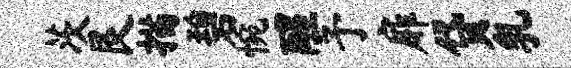
茨艮描碧惋醒予扉贷乳